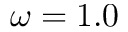
\omega = 1 . 0